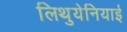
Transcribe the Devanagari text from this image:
लिथुयेनियाई